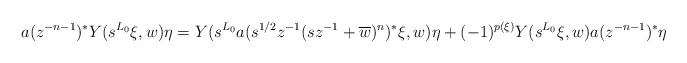
LaTeX: \begin{align*}a(z^{-n-1})^* Y(s^{L_0}\xi,w)\eta = Y(s^{L_0}a(s^{1/2}z^{-1}(sz^{-1}+\overline{w})^n)^*\xi,w)\eta+(-1)^{p(\xi)} Y(s^{L_0}\xi,w)a(z^{-n-1})^*\eta\end{align*}